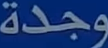
وجدة